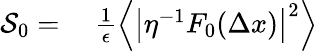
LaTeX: \begin{array}{rl}{\mathcal{S}_{0}=}&{{}~\frac{1}{\epsilon}\Big\langle\big\vert\eta^{-1}F_{0}(\Delta{x})\big\vert^{2}\Big\rangle}\end{array}